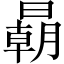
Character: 𣋂